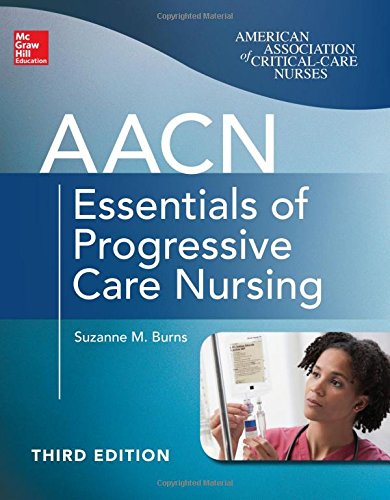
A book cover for AACN Essentials of Progressive Care Nursing, Third Edition (Chulay, AACN Essentials of Progressive Care Nursing); Suzanne Burns; Medical Books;